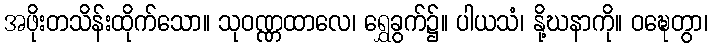
အဖိုးတသိန်းထိုက်သော။ သုဝဏ္ဏထာလေ၊ ရွှေခွက်၌။ ပါယသံ၊ နို့ဃနာကို။ ဝဍ္ဎေတွာ၊